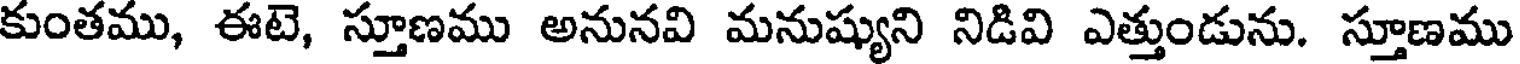
కుంతము, ఈటె, స్తూణము అనునవి మనుష్యుని నిడివి ఎత్తుండును. స్తూణము